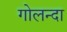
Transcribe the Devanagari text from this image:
गोलन्दा